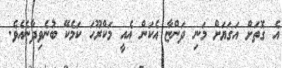
އެ ގޮތަށް އަގަޔަށް މަނި ދަންޏާ އެކަން އެއީ މަކްރޫހަ ކަމެކޭ ބުނެވިދާނެއެވެ.